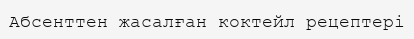
Абсенттен жасалған коктейл рецептері